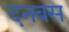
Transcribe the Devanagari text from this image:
दनबस